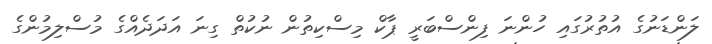
ލަންޑަނުގެ އުތުރުގައި ހުންނަ ފިންސްބަރީ ޕާކް މިސްކިތުން ނުކުތް ގިނަ އަދަދެއްގެ މުސްލިމުންގެ